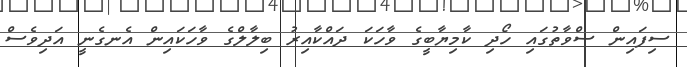
ސިފައިން ސްވާތުގައި ހޯދި ކާމިޔާބީގެ ވާހަކަ ދައްކާއިރު ބިލާލްގެ ވާހަކައިން އެނގެނީ އަދިވެސް